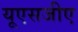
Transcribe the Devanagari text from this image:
यूएसजीए